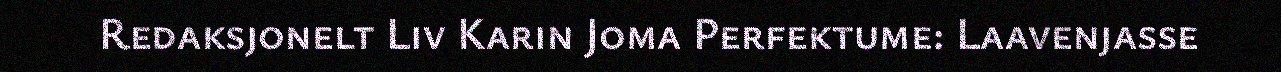
Redaksjonelt Liv Karin Joma Perfektume: Laavenjasse